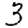
Digit: 3